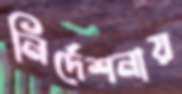
নির্দেশনায়